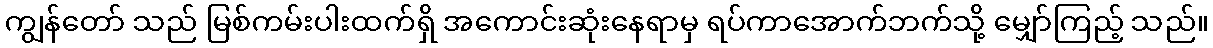
ကျွန်တော် သည် မြစ်ကမ်းပါးထက်ရှိ အကောင်းဆုံးနေရာမှ ရပ်ကာအောက်ဘက်သို့ မျှော်ကြည့် သည်။